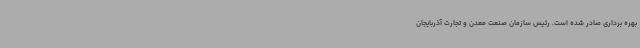
بهره برداری صادر شده است. رئیس سازمان صنعت معدن و تجارت آذربایجان